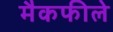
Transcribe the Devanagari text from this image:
मैकफीले